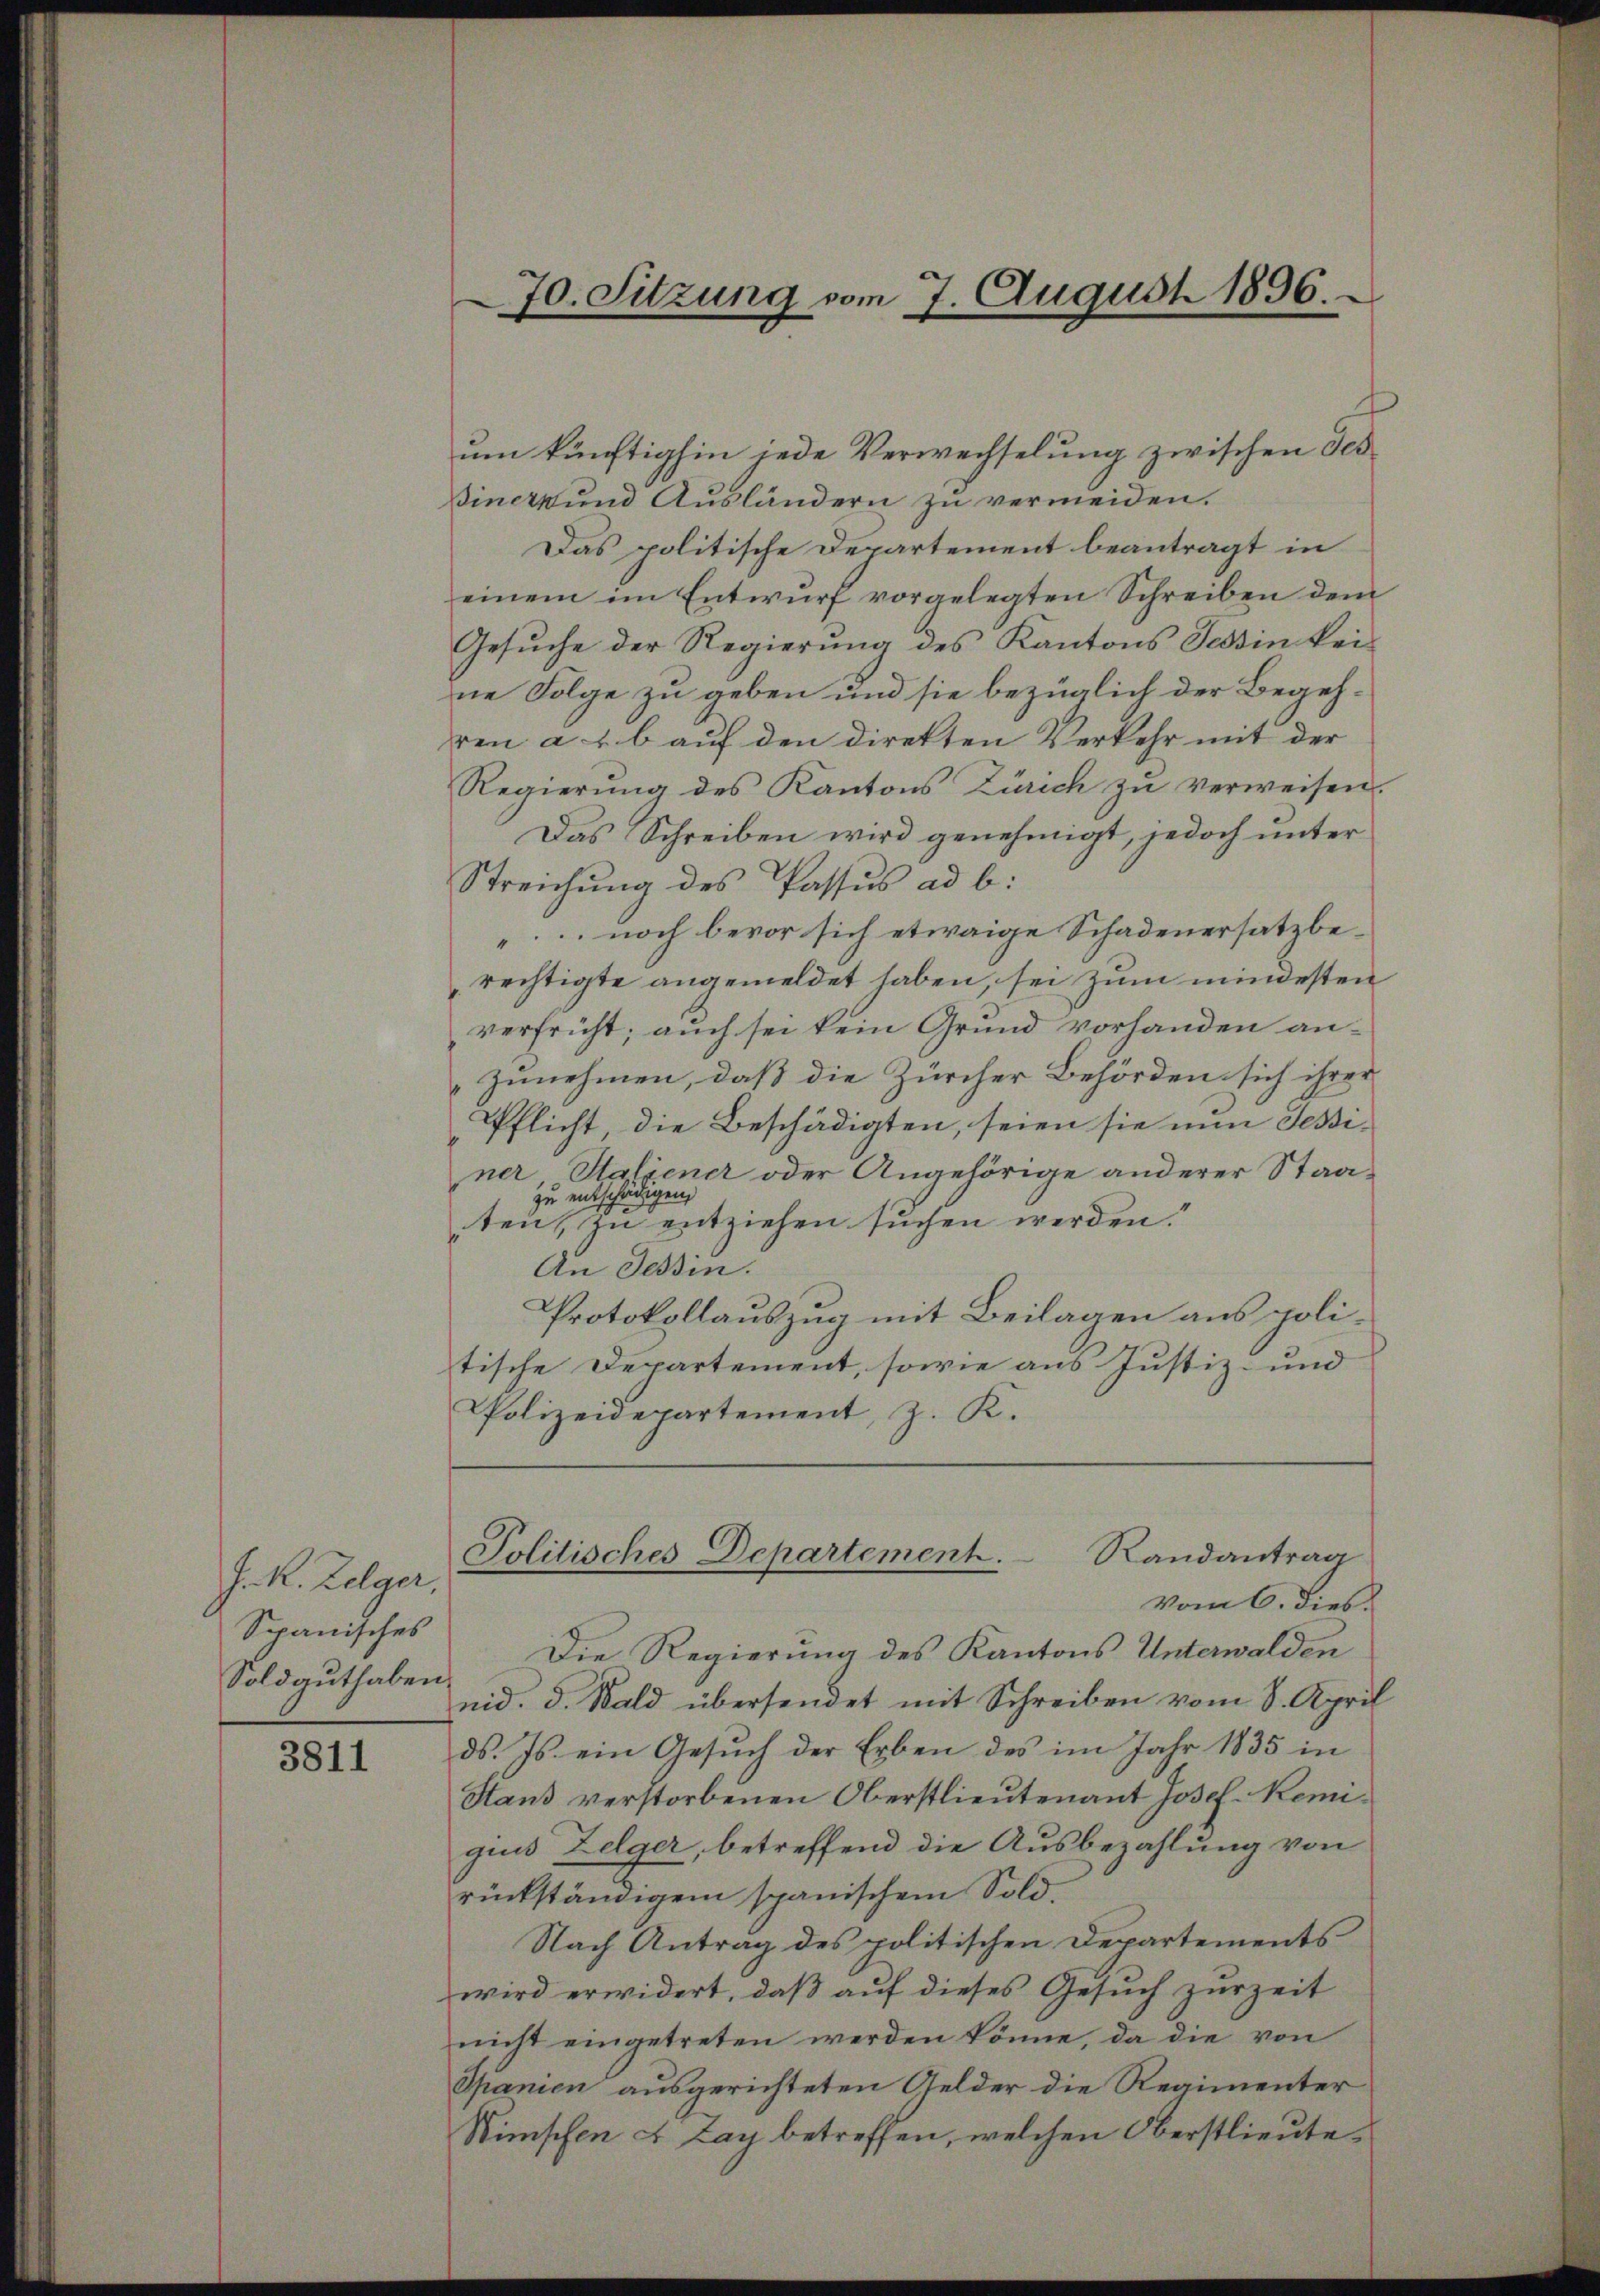
J. R. Zelger,
Spanisches
Soldguthaben.

3811

um künftighin jede Verwechselung zwischen des
siner und Ausländern zu vermeiden.
Das politische Departement beantragt in
einem im Entwurf vorgelegten Schreiben dem
Gesŭche der Regierung des Kantons Tessin keine Folge zu geben und sie bezüglich der Begehren a u. b auf den direkten Verkehr mit der
Regierung des Kantons Zürich zu verweisen.
Das Schreiben wird genehmigt, jedoch unter
Streichung des Passus ad b:
noch bevor sich etwaige Schadenersatz berechtigte angemeldet haben, sei zum mindesten
verfrüht; auch sei kein Grund vorhanden anzunehmen, daß die Zürcher Behörden sich ihrer
Pflicht, die Beschädigten, seien sie nun Sessiner Saliener oder Angehörige anderer Staazu entschädigen,
ten, zu entziehen suchen werden.
An Tessin.
Protokollauszug mit Beilagen aus politische Departement, sowie aus Justiz- und
Polizeidepartement, z. K.

Die Regierung des Kantons Unterwalden
nid. S. Wald übersendet mit Schreiben vom 8. April
ds. Js. ein Gesŭch der Erben des im Jahr 1835 in
Staus verstorbenen Oberstlieutenant Josef Reniquis Zelger, betreffend die Ausbezahlung von
rückständigem spanischem Sold.
Nach Antrag des politischen Departements
wird erwidert, daß auf dieses Gesuch zurzeit
nicht eingetreten werden könne, da die von
Spanien ausgerichteten Gelder die Regimenter
Wünschen u Lay betreffen, welchen Oberstlieute¬

70. Sitzung vom 7. August 1896.

Politisches Departement. Randantrag
vom 6. dies